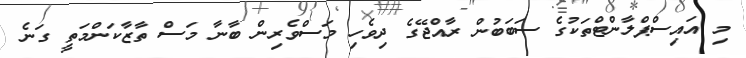
މި އައިސްޕްލާންޓްތަކުގެ ސަބަބުން ރާއްޖޭގެ ދިވެހި މަސްވެރިން ބާނާ މަސް ތާޒާކަންމަތީ ގަނެ